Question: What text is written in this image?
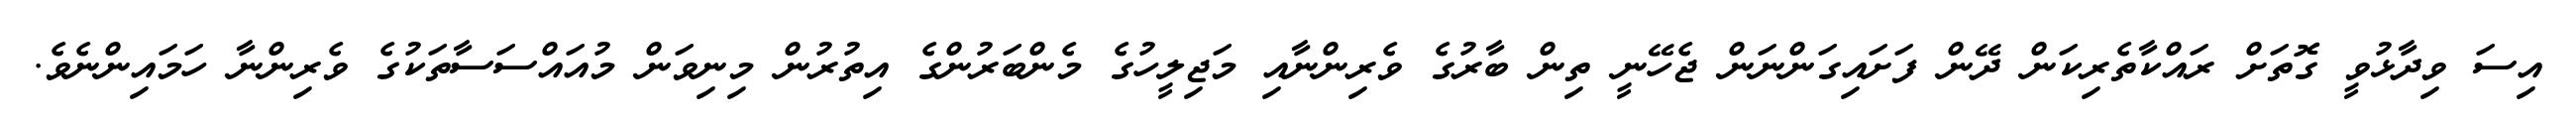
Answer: އިސަ ވިދާޅުވީ ގޮތަށް ރައްކާތެރިކަން ދޭން ފަށައިގަންނަން ޖެހޭނީ ތިން ބާރުގެ ވެރިންނާއި މަޖިލީހުގެ މެންބަރުންގެ އިތުރުން މިނިވަން މުއައްސަސާތަކުގެ ވެރިންނާ ހަމައިންނެވެ.